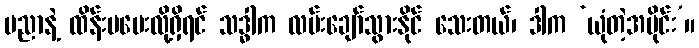
ပညာနဲ့ ထိန်းမပေးလို့ရှိရင် သဒ္ဓါက လမ်းချော်သွားနိုင် သေးတယ်၊ ဒါက ‘ယုံတဲ့အပိုင်း’။